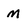
Character: M